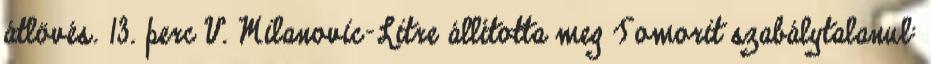
átlövés. 13. perc V. Milanovic-Litre állította meg Tomorit szabálytalanul: